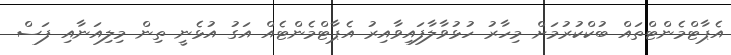
އެޕާޓްމެންޓްތައް ބުކްކުރުމަށް މިހާރު ހުޅުވާލާފައިވާއިރު އެޕާޓްމެންޓެއް އަގު އުޅެނީ ތިން މިލިއަނާއި ފަސް